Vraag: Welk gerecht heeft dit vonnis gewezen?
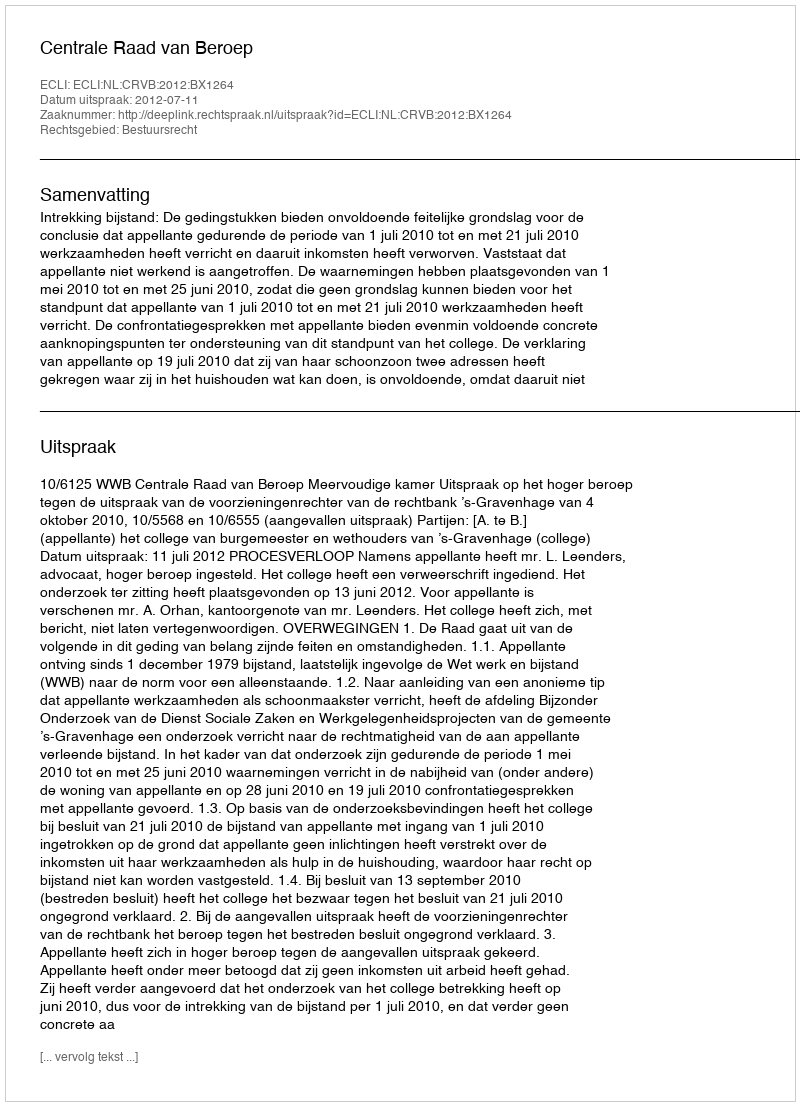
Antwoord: Centrale Raad van Beroep